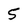
Character: 5